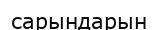
сарындарын